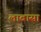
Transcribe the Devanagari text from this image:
लाबासा